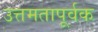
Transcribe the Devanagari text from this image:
उत्तमतापूर्वक